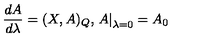
\frac { d A } { d \lambda } = ( X , A ) _ { Q } , \left. A \right| _ { \lambda = 0 } = A _ { 0 }